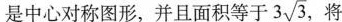
是中心对称图形，并且面积等于 3 \sqrt{3},将